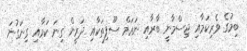
ބިމުގެ ވެރިކަމާއި ޖިސްމާނީ ބާރާއި ނަޢަމް ސޫފިތަކާއި ދަރީން ގިނަ ކަމާއި ގިނަގުނަ